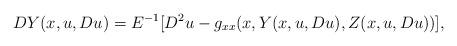
LaTeX: \begin{align*}DY(x,u,Du) = E^{-1}[D^2u-g_{xx}(x,Y(x,u,Du),Z(x,u,Du))],\end{align*}